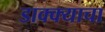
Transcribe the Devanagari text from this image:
डाक्क्याचा